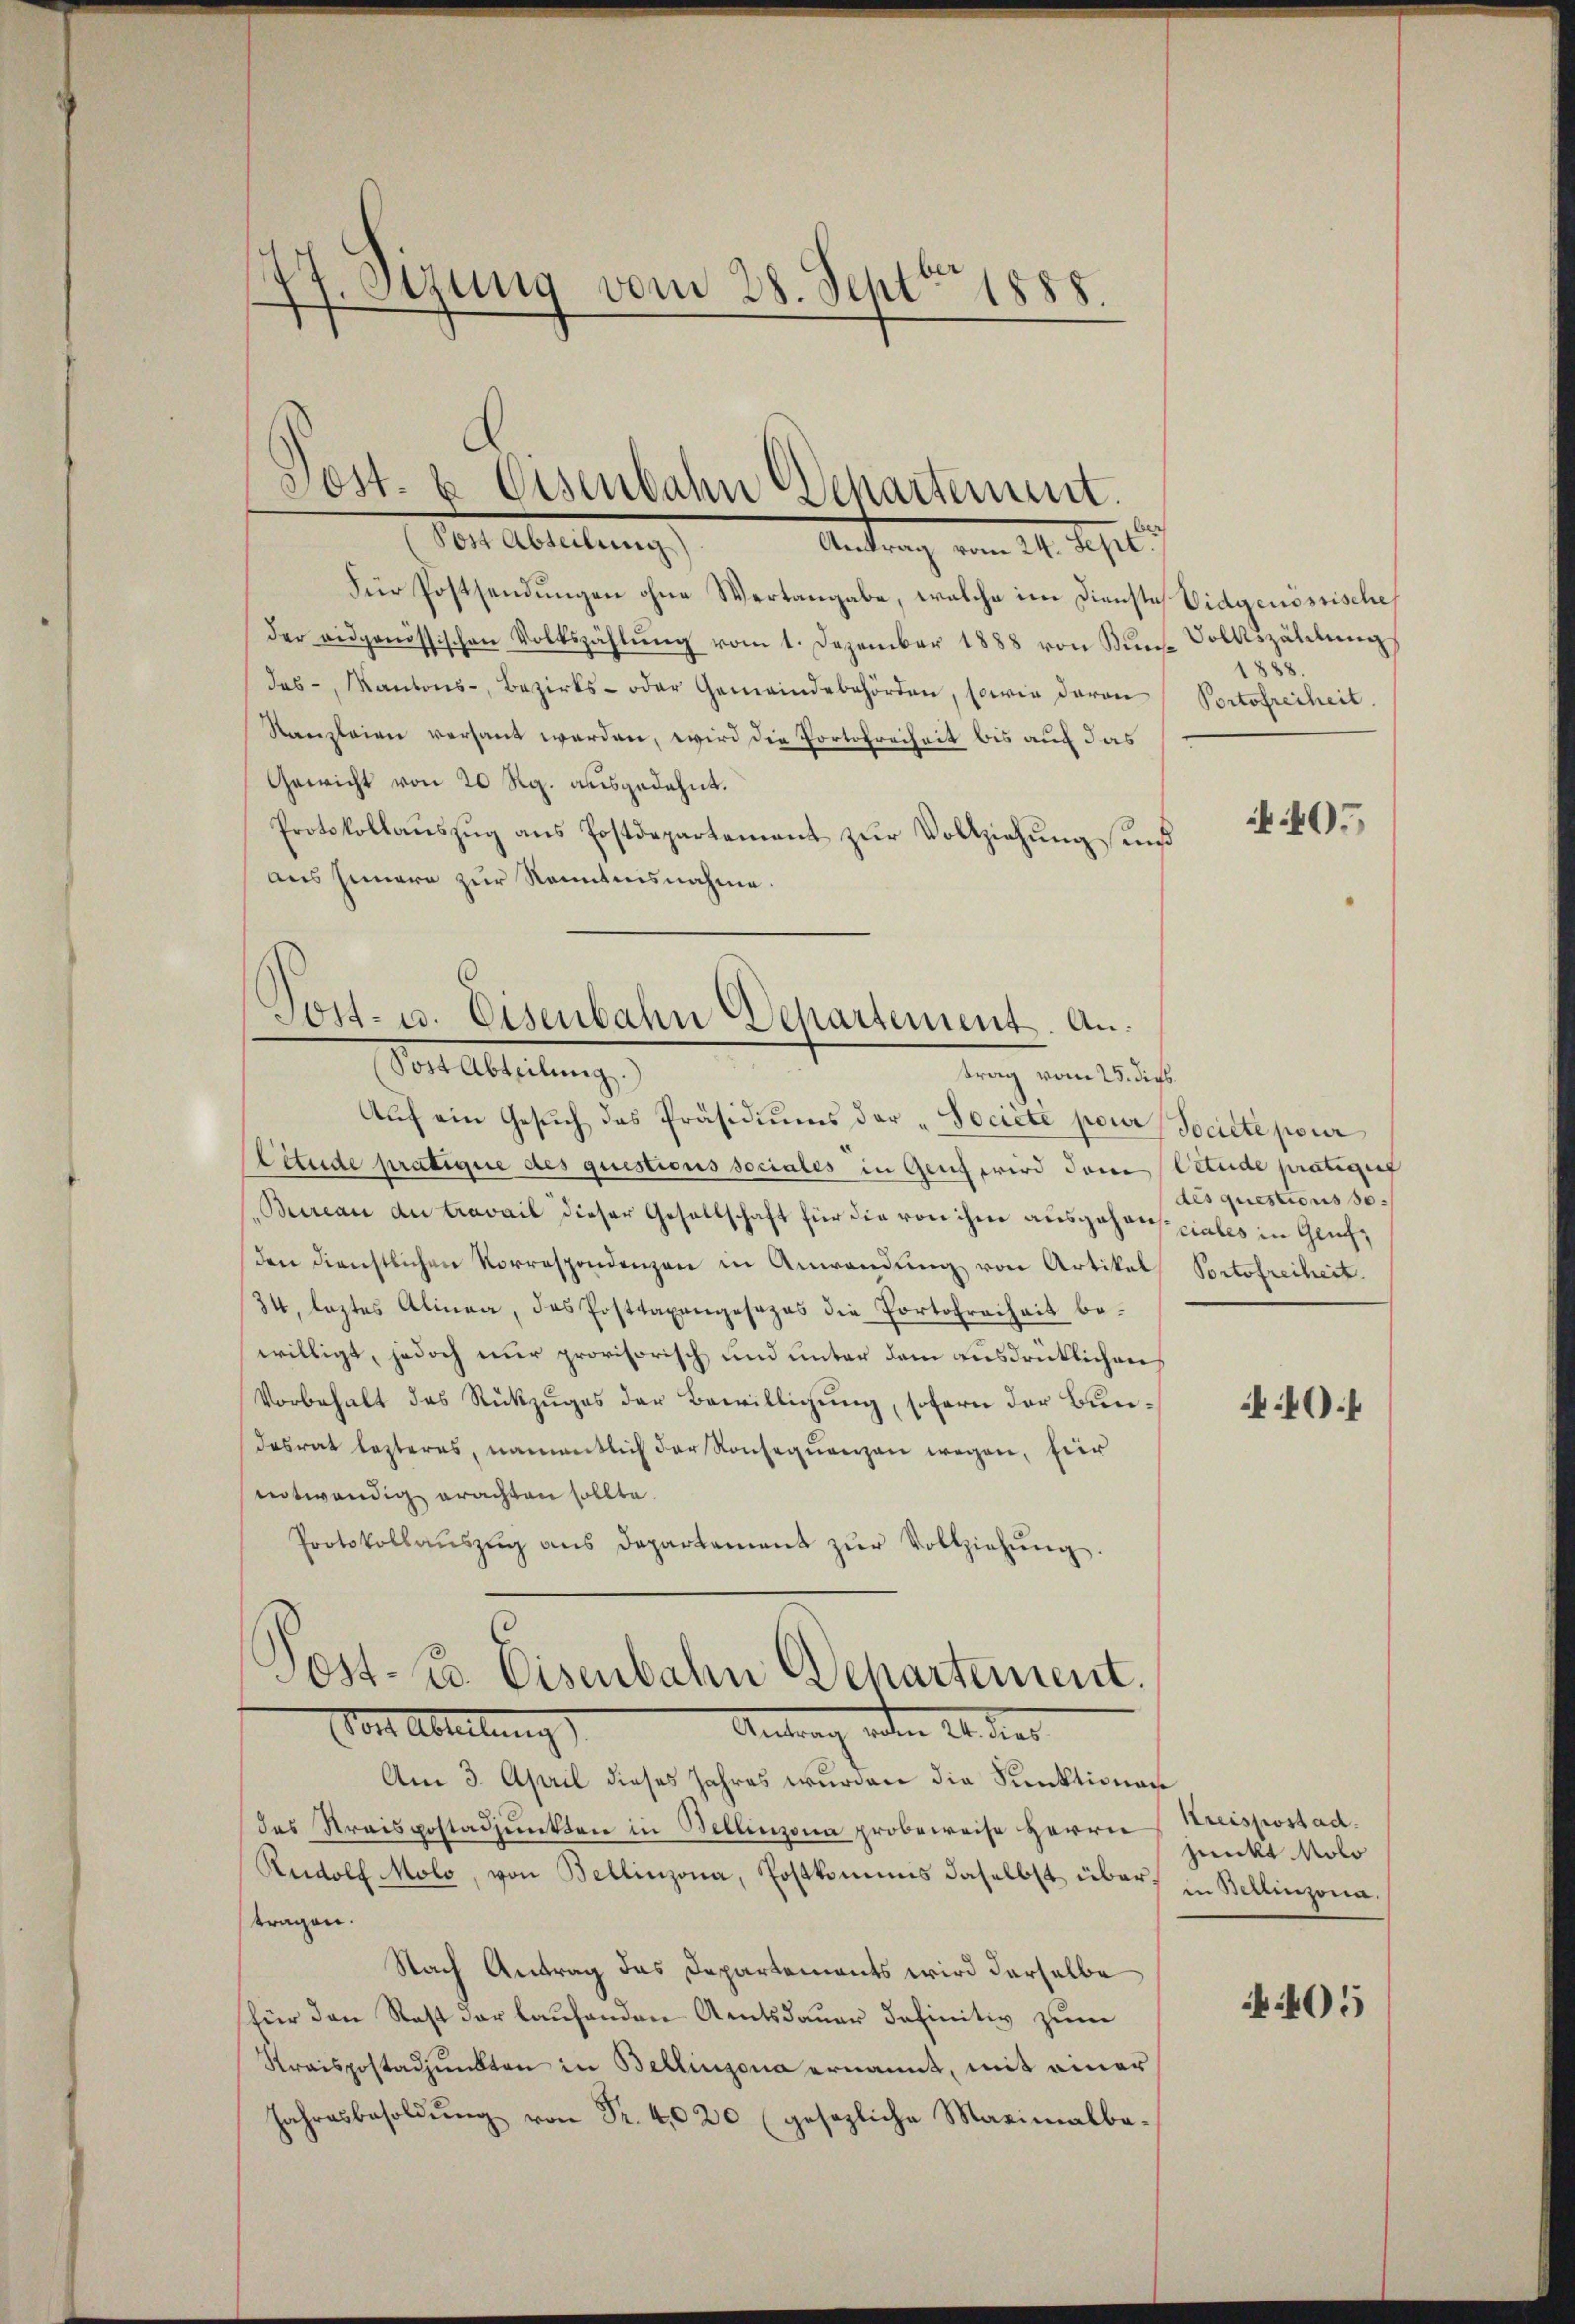
77. Sitzung
vom 28. Sept. 1888.

Für Postsendungen ohne Wertangabe, welche im Dienste Vidgenössischeh
der eidgenössischen Volkszählŭng vom 1. Dezember 1888 von Kŭns Volkszählŭng
Jas-, Kantons-, Bezirks- oder Gemeindebehörden, sowie davon Portofreiheit.
Kanzleien versant werden, wird die Portofreiheit bis auf das
Gewicht von 20 Rp. ausgedehnt.
Protokollaŭszŭg ans Postdepartement zŭr Vollziehŭng und
aus Innern zur Kenntnisnahme.

Post- & Eisenbahn Departement.
Post Abteilung)
Antrag vom 24. Sept.

Jost- u. Eisenbahn Departement. An
Vor Abteilung
trag vom 25. dies

Aŭf ein Gesŭch das Präsidiŭms der "Societe pour Societe pour
Eitude pratique des questions sociales in Genf wird dem Etude prätiget
Bureau du travail dieser Gesellschaft für die von ihm ausgehorsziales in Glich,
den dienstlichen Vorrespondenzen in Anwendŭng von Artikel Portofreiheit.
34, leztes Alinea, das Posttaxengesezes die Portofreiheit bewilligt, jedoch nur provisorisch und unter dem ausdrüklichen
Vorbehalt das Rückzuges der Bewilligung, sofern der Bundesrat lezteres, namentlich der Konsequenzen wegen, für
entwendig erachten sollte.
Protokollaŭszŭg ans Departement zŭr Vollziehŭng

Post- u. Eisenbahn Departement.
Vor Abteilung
Antrag verden 24. dies

Am 3. April dieses Jahres wurden die Funktionar
des Kreispostadjunkten in Bellinzona probeweise Herrn
Rudolf Molo, von Bellinzona, Postkommnis daselbst übertragen.
Nach Antrag das Departements wird derselbe
für den Rast der laufenden Amtsdauer definitiv zum
Kraispostadpunkten in Bellinzona ernannt, mit einer
Jahresbesoldŭng von Fr. 40 20 (gesezliche Maximalbe-

888.

405

des questions so

f

Kreispostad
junkt Molo
in Bereinzona.

405